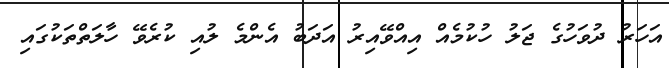
އަހަރު ދުވަހުގެ ޖަލު ހުކުމެއް އިއްވޭއިރު އަދަބު އެންމެ ލުއި ކުރެވޭ ހާލަތްތަކުގައި